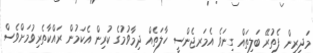
މަދިރިން ފެތުރޭ ބަލިތައް ގިނަވެ އެމަރޖެންސީ ހާލަތެއް ދިމާވުމުގެ ކުރިން އެކަމުން ރައްކާތެރިވުމަށްވެސް